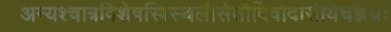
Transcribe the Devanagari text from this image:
अन्यश्चात्रविशेषस्त्रिस्थलीसेतौदिवोदासीयेचज्ञेयः